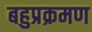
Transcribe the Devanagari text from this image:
बहुप्रक्रमण